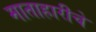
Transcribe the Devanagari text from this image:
माताहारीचे